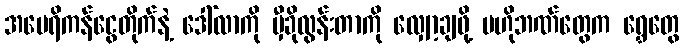
အမေရိကန်ငွေတိုက်နဲ့ ဒေါ်လာကို မှီခိုလွန်းတာကို လျှော့ချဖို့ ဗဟိုဘဏ်တွေက ရွှေတွေ